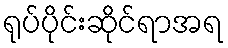
ရုပ်ပိုင်းဆိုင်ရာအရ